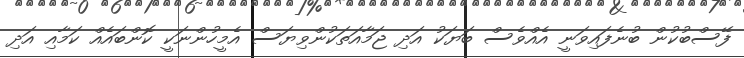
ފޭސްބުކުން ބުނެފައިވަނީ އެއްވެސް ބަޔަކު އަދި ޖަމާއަތަކުންވިޔަސް އެމީހުންނަކީ ކޮންބައެއް ކަމާއި އަދި